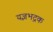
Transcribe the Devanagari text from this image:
यज्ञभद्रक